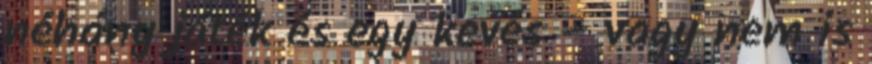
néhány játék és egy kevés – vagy nem is